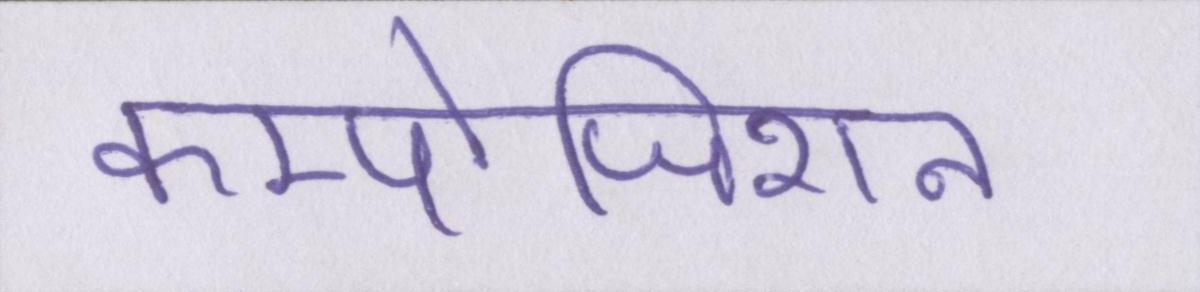
कम्पोजिशन